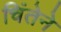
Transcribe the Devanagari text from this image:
चिंतेने